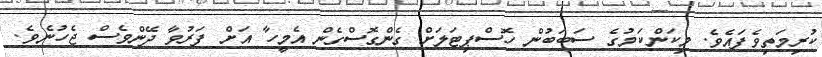
ކުރިމަތިވެފައެވެ. މިކަންކަމުގެ ސަބަބުން ހޮސްޕިޓަލަށް ގެންގޮސްގެން އެމީހާ އަށް ފަރުވާ ދޭންވެސް ޖެހުނެވެ.